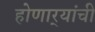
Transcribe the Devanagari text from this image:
होणार्‍यांची